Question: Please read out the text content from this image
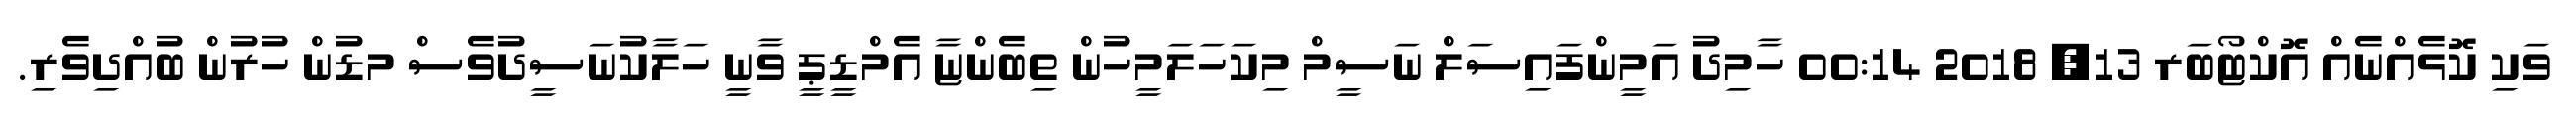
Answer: ވަކި ކޮޅެއްނެއް އޮކްޓޯބަރ 13, 2018 00:14 ހާމިދު އަމީންފައިސަލް ނަސީމް މިކަހަލަމީހުން ތިބެންޏާ އެމްޑީޕީ ވާނީ ހަލާކުނަސީދުވެސް މޑުން ހުރުން ބުއްދިވެރި.